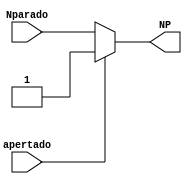
//Determina quando o elevador deve comear o ciclo de mover

module movendo2(
input apertado, Nparado,
output NP
); 

assign NP = apertado ? 1: Nparado;

endmodule